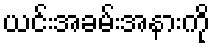
ယင်းအခမ်းအနားကို